Language: tamil
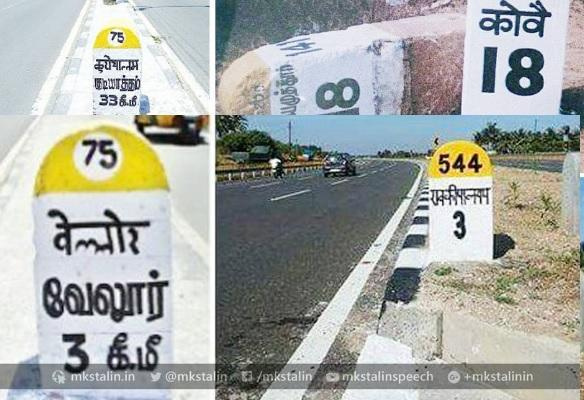
Transcription: வேலூர்